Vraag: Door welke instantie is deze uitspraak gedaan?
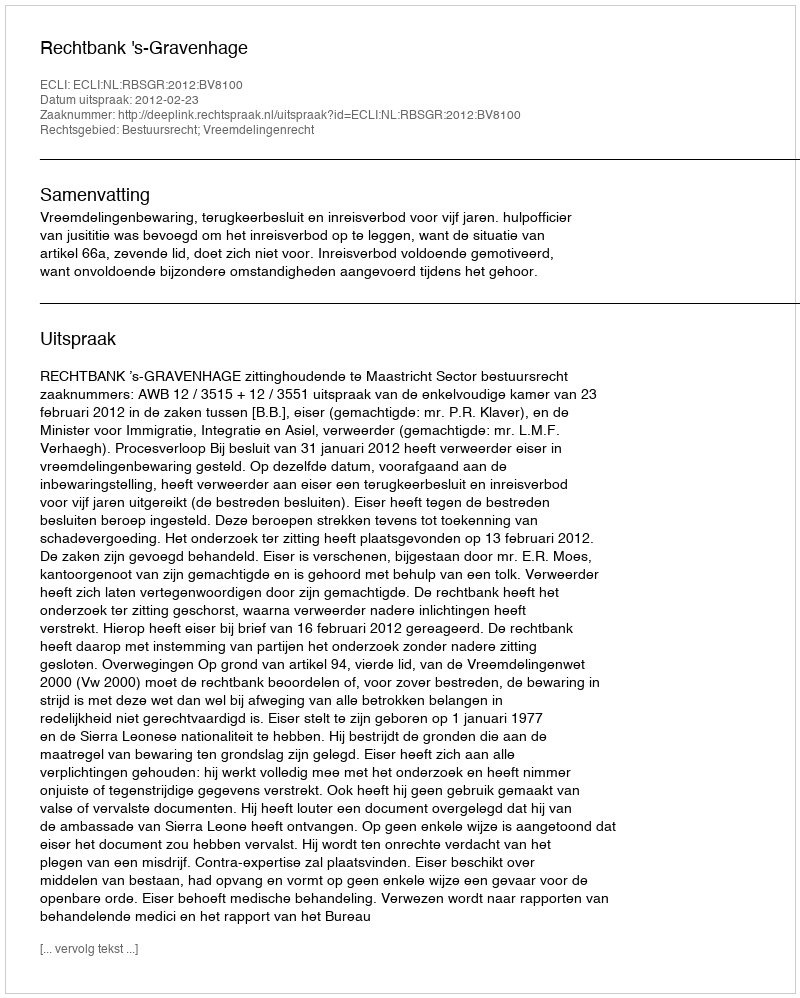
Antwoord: Rechtbank 's-Gravenhage